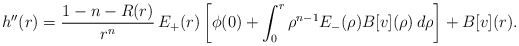
\begin{align*} h''(r)=\frac{1-n-R(r)}{r^n}\,E_+(r)\left[\phi(0)+\int_0^r\rho^{n-1}E_-(\rho) B[v](\rho)\,d\rho\right]+B[v](r). \end{align*}